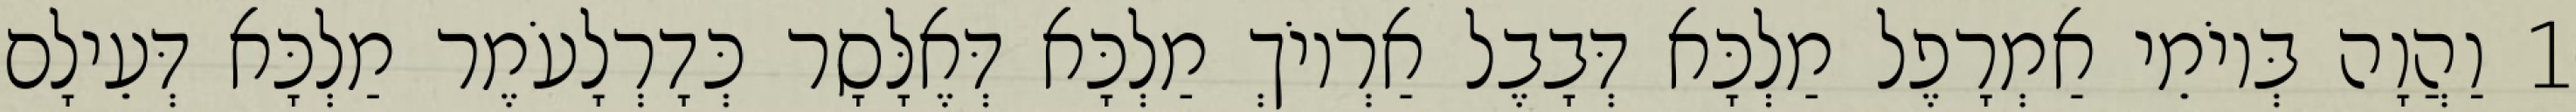
1 וַהֲוָה בְּיוֹמֵי אַמְרָפֶל מַלְכָּא דְּבָבֶל אַרְיוֹךְ מַלְכָּא דְּאֶלָּסָר כְּדָרְלָעֹמֶר מַלְכָּא דְּעֵילָם